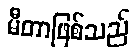
မီတာဖြစ်သည်